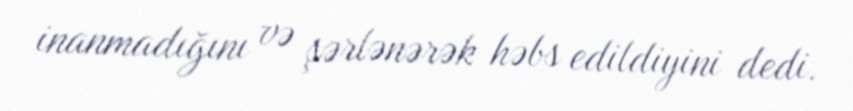
inanmadığını və şərlənərək həbs edildiyini dedi.